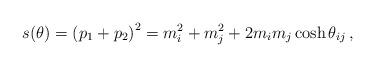
LaTeX: \begin{align*}s(\theta)=\left(p_{1}+p_{2}\right)^{2}=m_{i}^{2}+m_{j}^{2}+2m_{i}m_{j}\cosh\theta_{ij}\,,\end{align*}